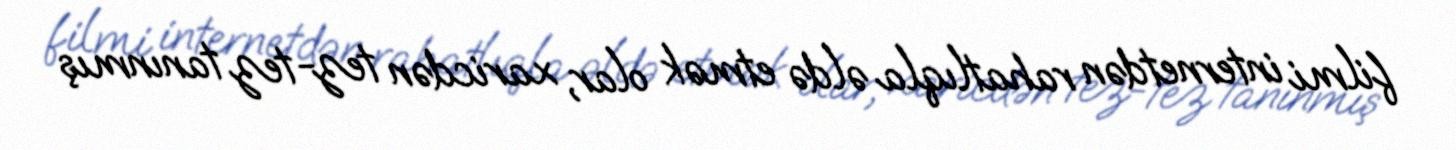
filmi internetdən rahatlıqla əldə etmək olar, xaricdən tez-tez tanınmış